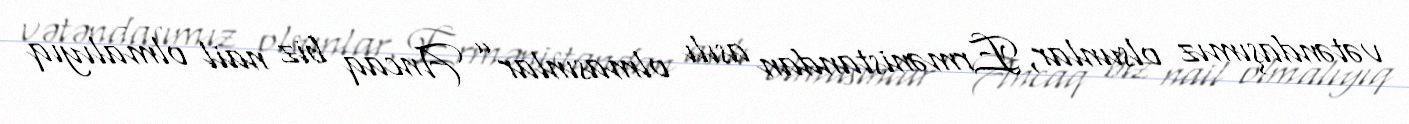
vətəndaşımız olsunlar, Ermənistandan asılı olmasınlar” Ancaq biz nail olmalıyıq